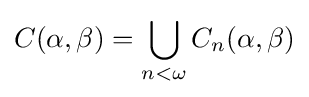
C(\alpha ,\beta )=\bigcup _{n<\omega }C_{n}(\alpha ,\beta )